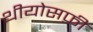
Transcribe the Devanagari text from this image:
थीयोसफ़ी